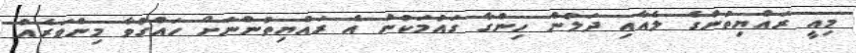
މިއީ ރައްޔިތުންގެ ލެއާއި ދަލުން ހިންގާ ގައުމަކުން އެ ރައްޔިތުންނަށް ހައްގުވާ މިންވަރެއް